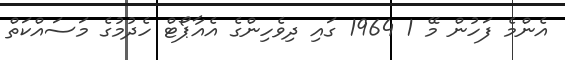
އެންމެ ފަހުން މޭ 1 1964 ގައި ދިވެހިންގެ އެއާޕޯޓް ހެދުމުގެ މަސައްކަތް